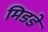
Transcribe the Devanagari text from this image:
मिडडे